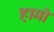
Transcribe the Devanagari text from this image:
हामो